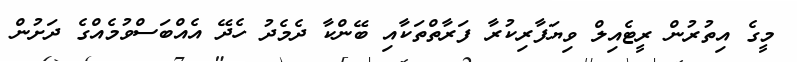
މީގެ އިތުރުން ރީޓެއިލް ވިޔަފާރިކުރާ ފަރާތްތަކާއި ބޭންކާ ދެމެދު ހެދޭ އެއްބަސްވުމެއްގެ ދަށުން